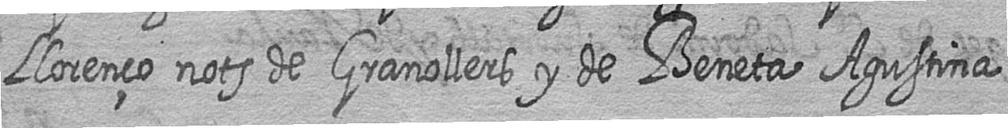
Llorenço nots de Granollers y de Beneta Agustina